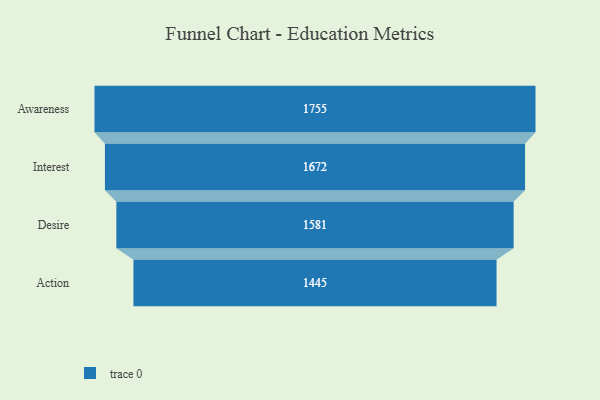
{"axis": {"x": "Stage", "y": "Value"}, "legend": [""], "data": [{"x": "Awareness", "y": 1755.0, "type": ""}, {"x": "Interest", "y": 1672.0, "type": ""}, {"x": "Desire", "y": 1581.0, "type": ""}, {"x": "Action", "y": 1445.0, "type": ""}]}